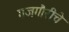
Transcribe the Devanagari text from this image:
गजगौरीचे